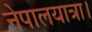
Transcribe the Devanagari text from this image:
नेपालयात्रा।